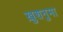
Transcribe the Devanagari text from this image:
ख़ुशनुमा